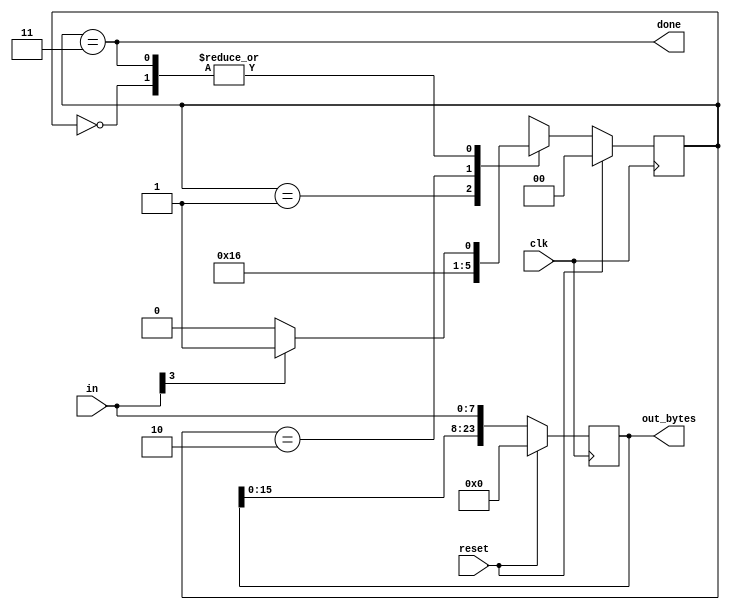
module top_module(
    input clk,
    input [7:0] in,
    input reset,    // Synchronous reset
    output [23:0] out_bytes,
    output done); //
	parameter BYTE1=0,BYTE2=1,BYTE3=2,DONE=3;
    reg [1:0] state,next_state;
    reg [23:0] data;
    // FSM from fsm_ps2
    always @(*) begin
        case(state)
            BYTE1 : next_state = (in[3]) ? BYTE2: BYTE1;
            BYTE2 : next_state = BYTE3;
            BYTE3 : next_state = DONE;
            DONE : next_state = (in[3]) ? BYTE2 : BYTE1;
        endcase
    end
    
    always @(posedge clk) begin
        if(reset) begin
            state<=BYTE1;
        	data<=24'b0;
        end
        else begin
            state<=next_state;
            data<={data[15:8],data[7:0],in};
        end
    end
    
    // New: Datapath to store incoming bytes.
    assign done = (state == DONE);
    assign out_bytes = (DONE) ? data : 24'b0;
endmodule